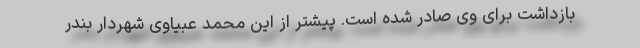
بازداشت برای وی صادر شده است. پیشتر از این محمد عبیاوی شهردار بندر